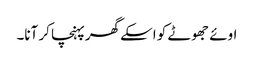
اوئے جھوٹے کو اسکے گھرپہنچا کر آنا۔